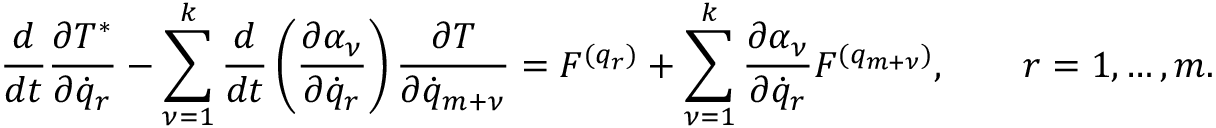
\frac { d } { d t } \frac { \partial T ^ { * } } { \partial { \dot { q } } _ { r } } - \sum _ { \nu = 1 } ^ { k } \frac { d } { d t } \left( \frac { \partial \alpha _ { \nu } } { \partial { \dot { q } } _ { r } } \right) \frac { \partial T } { \partial { \dot { q } } _ { m + \nu } } = { \cal F } ^ { ( q _ { r } ) } + \sum _ { \nu = 1 } ^ { k } \frac { \partial \alpha _ { \nu } } { \partial { \dot { q } } _ { r } } { \cal F } ^ { ( q _ { m + \nu } ) } , \qquad r = 1 , \dots , m .